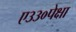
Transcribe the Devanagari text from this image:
ए३३०पेक्षा